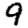
Digit: 9